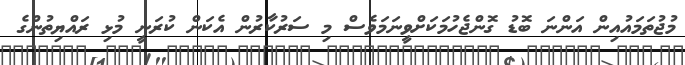
މުޖުތަމައުއިން އަންނަ ބޮޑު ގޮންޖެހުމަކަށްވީނަމަވެސް މި ސަރުކާރުން އެކަން ކުރަނީ މުޅި ރައްޔިތުންގެ